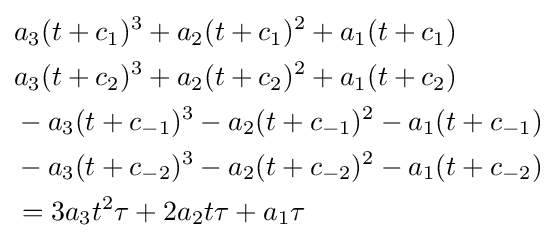
{\begin{aligned}&a_{3}(t+c_{1})^{3}+a_{2}(t+c_{1})^{2}+a_{1}(t+c_{1})\\&a_{3}(t+c_{2})^{3}+a_{2}(t+c_{2})^{2}+a_{1}(t+c_{2})\\&-a_{3}(t+c_{-1})^{3}-a_{2}(t+c_{-1})^{2}-a_{1}(t+c_{-1})\\&-a_{3}(t+c_{-2})^{3}-a_{2}(t+c_{-2})^{2}-a_{1}(t+c_{-2})\\&=3a_{3}t^{2}\tau +2a_{2}t\tau +a_{1}\tau \end{aligned}}